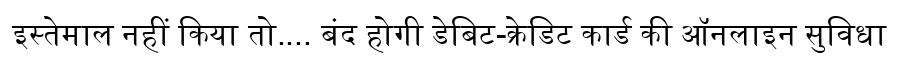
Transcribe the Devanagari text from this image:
इस्तेमाल नहीं किया तो.... बंद होगी डेबिट-क्रेडिट कार्ड की ऑनलाइन सुविधा